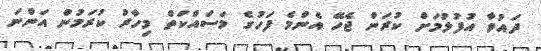
ދައުވާ އުފުލުމަށް ކުރަން ޖެހޭ އެންމެ ފަހުގެ މަސައްކަތް މިހާރު ކުރަމުން އަންނަ